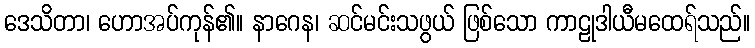
ဒေသိတာ၊ ဟောအပ်ကုန်၏။ နာဂေန၊ ဆင်မင်းသဖွယ် ဖြစ်သော ကာဠုဒါယီမထေရ်သည်။